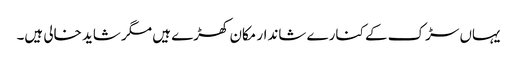
یہاں سڑک کے کنارے شاندار مکان کھڑے ہیں مگر شاید خالی ہیں۔